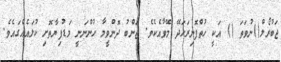
ޖަބުރޯލް()ނުވަތަ () އަކީ ހުތްފޮނިރަހަދޭ މޭވާއެކެވެ. ޖަންބު ދޮންވީމާ ހުންނަނީ މަޑުފިޔާތޮށި ކުލައެއްގައެވެ.